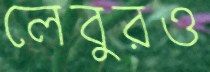
লেবুরও